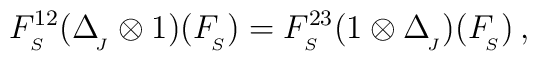
F^{12}_{_{S}}(\Delta_{_{\!J}}^{}\otimes1)(F_{_{\!S}}^{})=F^{23}_{_{S}}(1\otimes\Delta_{_{\!J}}^{})(F_{_{\!S}}^{})\,,